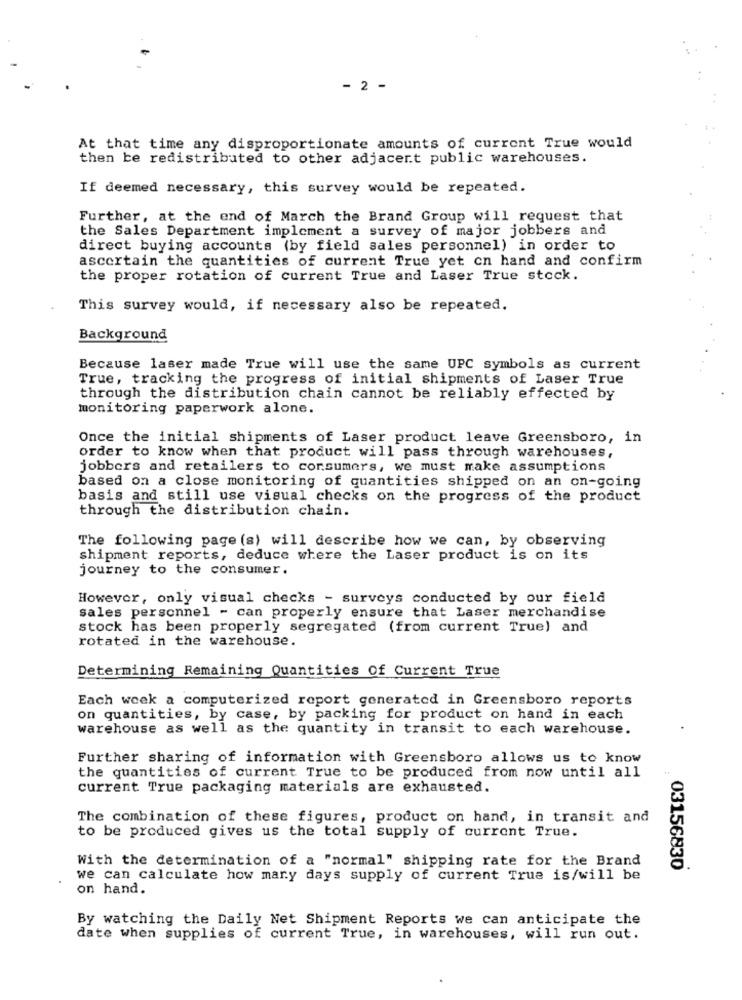
- 2 -
At that time any disproportionate amounts of current True would
then be redistributed to other adjacent public warehouses.
If deemed necessary, this survey would be repeated.
Further, at the end of March the Brand Group will request that
the Sales Department implement a survey of major jobbers and
direct buying accounts (by field sales personnel) in order to
ascertain the quantities of current True yet cn hand and confirm
the proper rotation of current True and Laser True stock.
This survey would, if necessary also be repeated.
Background
Because laser made True will use the same UPC symbols as current
True, tracking the progress of initial shipments of Laser True
through the distribution chain cannot be reliably effected by
monitoring paperwork alone.
Once the initial shipments of Laser product leave Greensboro, in
order to know when that product will pass through warehouses,
jobbers and retailers to consumers, we must make assumptions
based on a close monitoring of quantities shipped on an on-going
basis and still use visual checks on the progress of the product
through the distribution chain.
The following page (s) will describe how we can, by observing
shipment reports, deduce where the Laser product is on its
journey to the consumer.
However, only visual checks - surveys conducted by our field
sales personnel - can properly ensure that Laser merchandise
stock has been properly segregated (from current True) and
rotated in the warehouse.
Determining Remaining Quantities Of Current True
Each week a computerized report generated in Greensboro reports
on quantities, by case, by packing for product on hand in each
warehouse as well as the quantity in transit to each warehouse.
Further sharing of information with Greensboro allows us to know
the quantities of current True to be produced from now until all
current True packaging materials are exhausted.
The combination of these figures, product on hand, in transit and
to be produced gives us the total supply of current True.
With the determination of a "normal" shipping rate for the Brand
03156830
we can calculate how many days supply of current True is/will be
on hand.
By watching the Daily Net Shipment Reports we can anticipate the
date when supplies of current True, in warehouses, will run out.